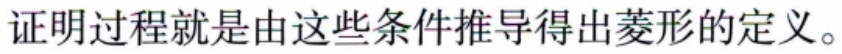
证明过程就是由这些条件推导得出菱形的定义。